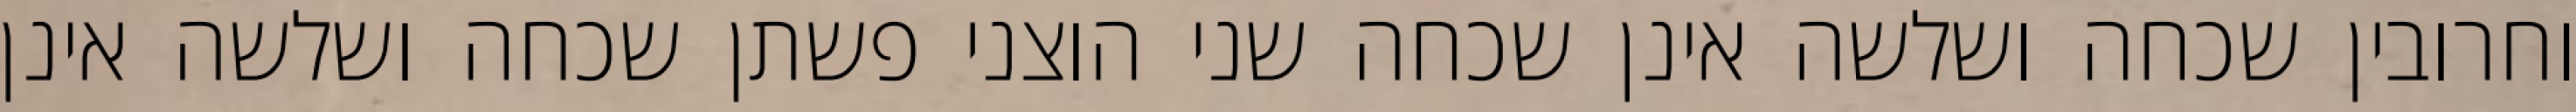
וחרובין שכחה ושלשה אינן שכחה שני הוצני פשתן שכחה ושלשה אינן